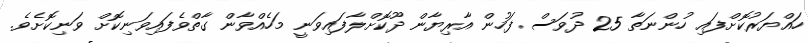
ހައްޔަރުކޮށްފައި ހުންނަތާ 25 ދުވަސް ފަހުން އާރިޔާން ދޫކޮށްލާފައިވަނީ މަހެއްވާން ގާތްވެފައިވަނިކޮށް ވަނިކޮށެވެ.